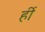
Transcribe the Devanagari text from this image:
र्ही